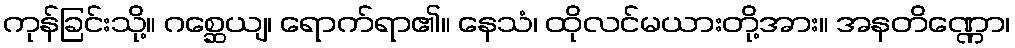
ကုန်ခြင်းသို့။ ဂစ္ဆေယျ၊ ရောက်ရာ၏။ နေသံ၊ ထိုလင်မယားတို့အား။ အနတိဏ္ဏော၊